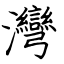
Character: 灣